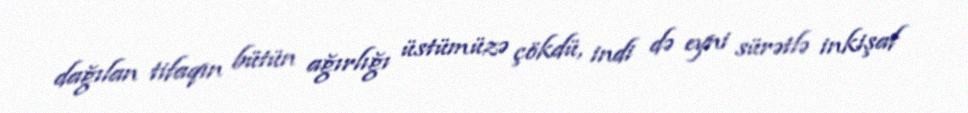
dağılan tifaqın bütün ağırlığı üstümüzə çökdü, indi də eyni sürətlə inkişaf